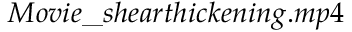
M o v i e \_ s h e a r t h i c k e n i n g . m p 4